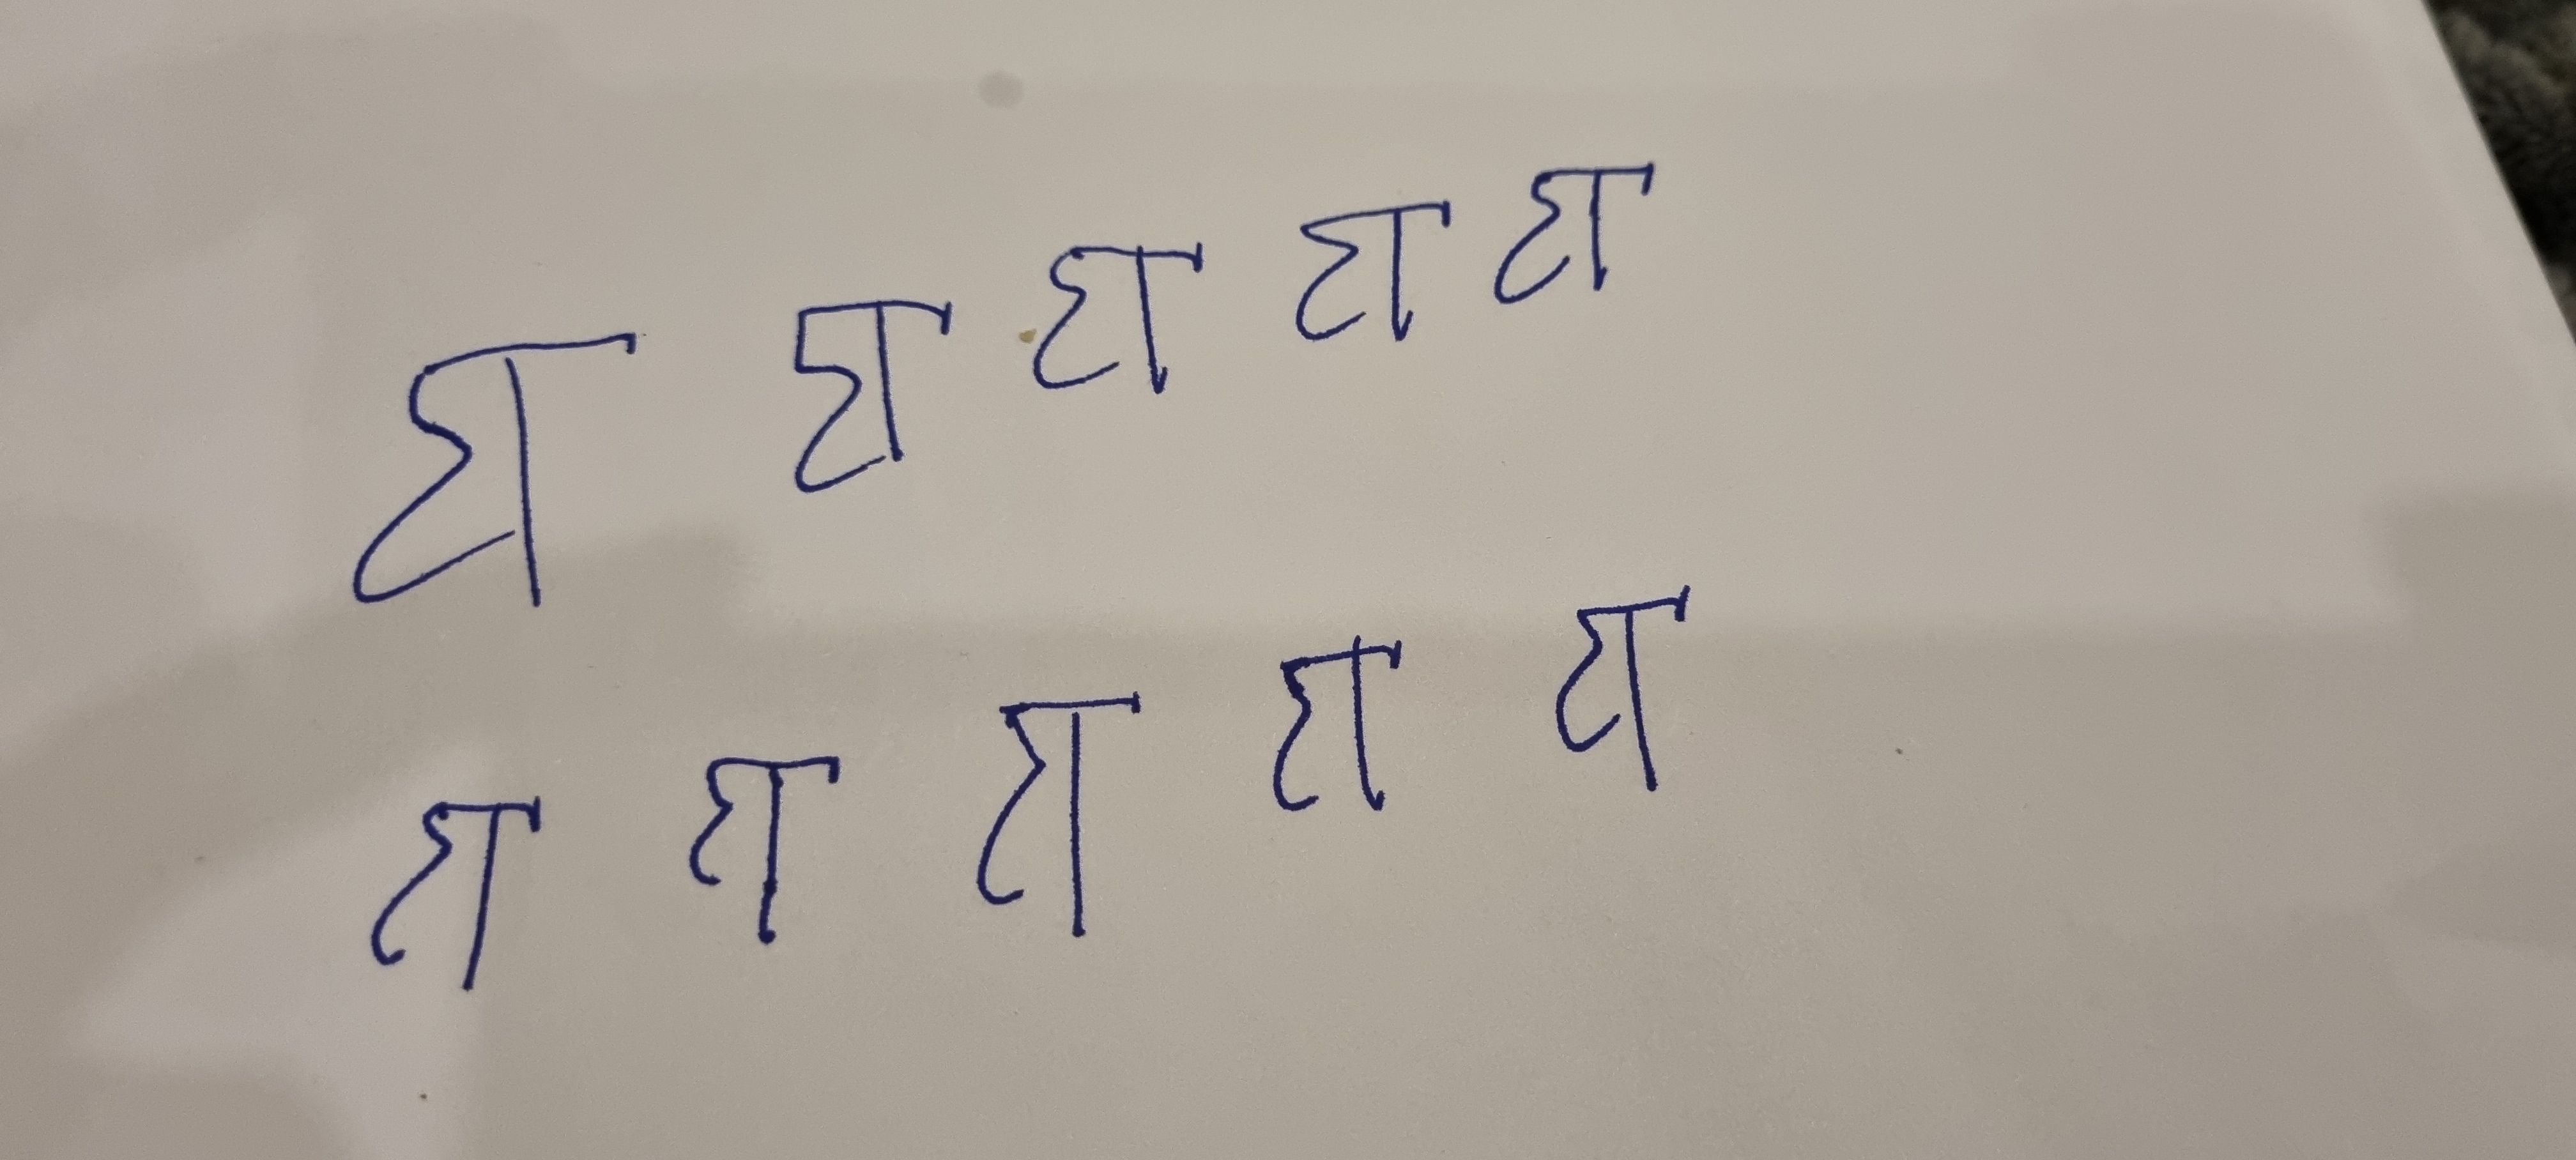
Signature authenticity: forged